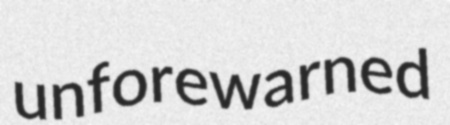
unforewarned